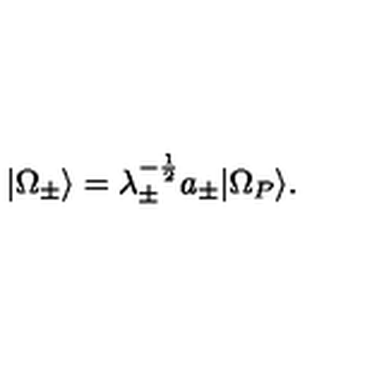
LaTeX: | \Omega _ { \pm } \rangle = \lambda _ { \pm } ^ { - \frac { 1 } { 2 } } a _ { \pm } | \Omega _ { P } \rangle .